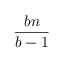
\frac { b n } { b - 1 }